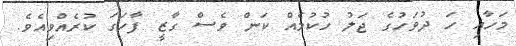
މަހާއި ހަ ދުވަހުގެ ޖަލު ހުކުމެއް ކަން ވެސް ގާޒީ ފާހަގަ ކުރެއްވިއެވެ.